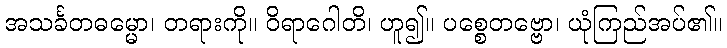
အသင်္ခတဓမ္မော၊ တရားကို။ ဝိရာဂေါတိ၊ ဟူ၍။ ပစ္စေတဗ္ဗော၊ ယုံကြည်အပ်၏။